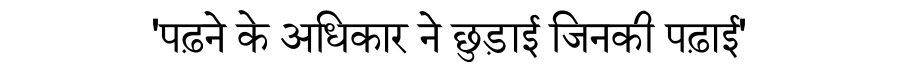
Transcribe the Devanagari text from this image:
'पढ़ने के अधिकार ने छुड़ाई जिनकी पढ़ाई'